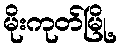
မိုးကုတ်မြို့